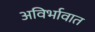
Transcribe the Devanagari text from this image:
अविर्भावात